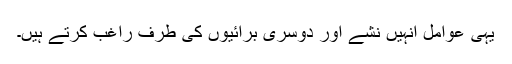
یہی عوامل انہیں نشے اور دوسری برائیوں کی طرف راغب کرتے ہیں۔